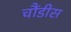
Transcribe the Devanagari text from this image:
चौंडीस